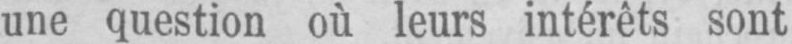
une question où leurs intérêts sont